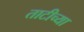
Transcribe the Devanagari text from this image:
ताटीच्या